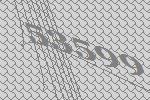
53599